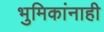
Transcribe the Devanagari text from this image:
भुमिकांनाही